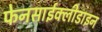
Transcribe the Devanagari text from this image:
फेनसाईक्लीडाइन